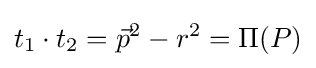
t_{1}\cdot t_{2}={\vec {p}}^{2}-r^{2}=\Pi (P)